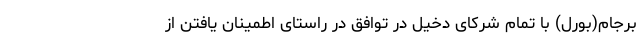
برجام(بورل) با تمام شرکای دخیل در توافق در راستای اطمینان یافتن از